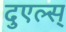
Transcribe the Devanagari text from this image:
दुएल्स्